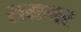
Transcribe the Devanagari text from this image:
रामगर